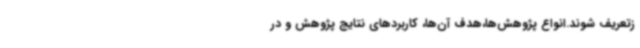
زتعریف شوند.انواع پژوهش‌ها،هدف آن‌ها،‌ کاربردهای نتایج پژوهش و در